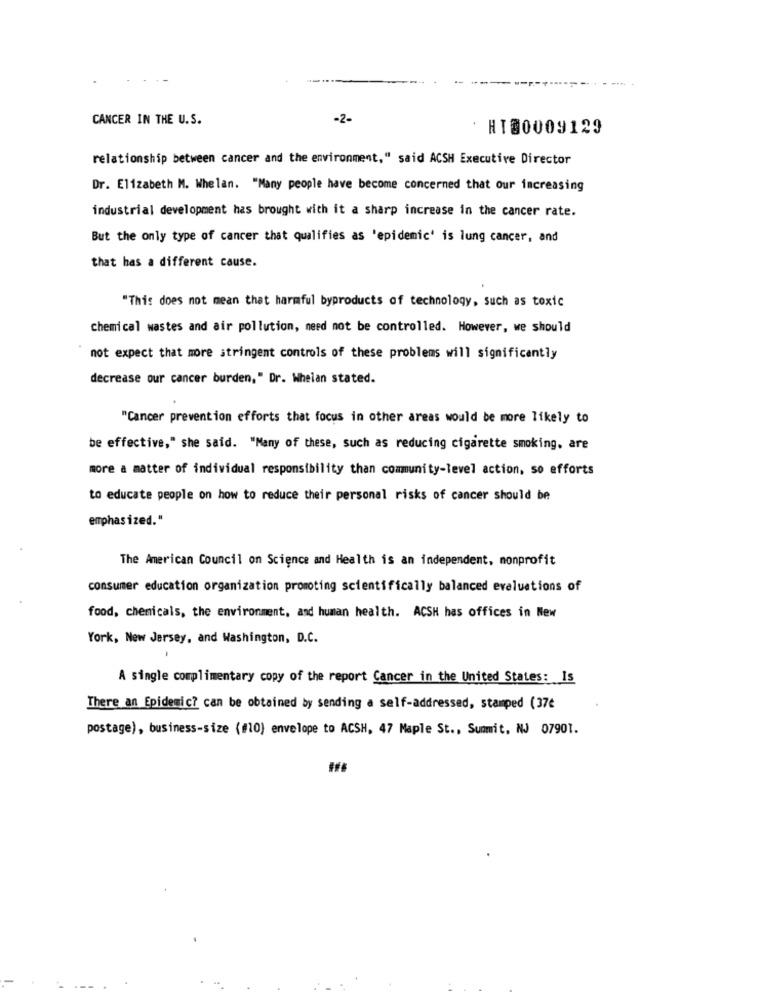
CANCER IN THE U.S.
-2-
HT00009129
relationship between cancer and the environment," said ACSH Executive Director
Dr. Elizabeth M. Whelan. "Many people have become concerned that our increasing
industrial development has brought with it a sharp increase in the cancer rate.
But the only type of cancer that qualifies as 'epidemic' is lung cancer, and
that has a different cause.
"This does not mean that harmful byproducts of technology, such as toxic
chemical wastes and air pollution, need not be controlled. However, we should
not expect that more stringent controls of these problems will significantly
decrease our cancer burden," Dr. Whelan stated.
"Cancer prevention efforts that focus in other areas would be more likely to
be effective," she said. "Many of these, such as reducing cigarette smoking, are
more a matter of individual responsibility than community-level action, so efforts
to educate people on how to reduce their personal risks of cancer should be
emphasized."
The American Council on Science and Health is an independent, monprofit
consumer education organization promoting scientifically balanced evaluations of
food, chemicals, the environment, and human health. ACSH has offices in New
York, New Jersey, and Washington, D.C.
A single complimentary copy of the report Cancer in the United States: Is
There an Epidemic? can be obtained by sending a self-addressed, stamped (37€
postage), business-size (#10} envelope to ACSH, 47 Maple St ., Summit, NJ 07901.